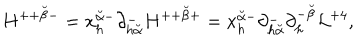
H ^ { + + { \breve { \beta } } - } = x _ { h } ^ { { \breve { \alpha } } - } \partial _ { h { \breve { \alpha } } } ^ { - } H ^ { + + { \breve { \beta } } + } = x _ { h } ^ { { \breve { \alpha } } - } \partial _ { h { \breve { \alpha } } } ^ { - } \partial _ { h } ^ { - { \breve { \beta } } } { \cal L } ^ { + 4 } ,